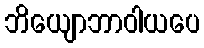
ဘိယျောဘာဝါယပေ